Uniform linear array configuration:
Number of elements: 16
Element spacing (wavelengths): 1
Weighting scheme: hamming
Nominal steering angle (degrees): -30
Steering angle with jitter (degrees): -30.881
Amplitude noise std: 0.05
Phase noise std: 0.05

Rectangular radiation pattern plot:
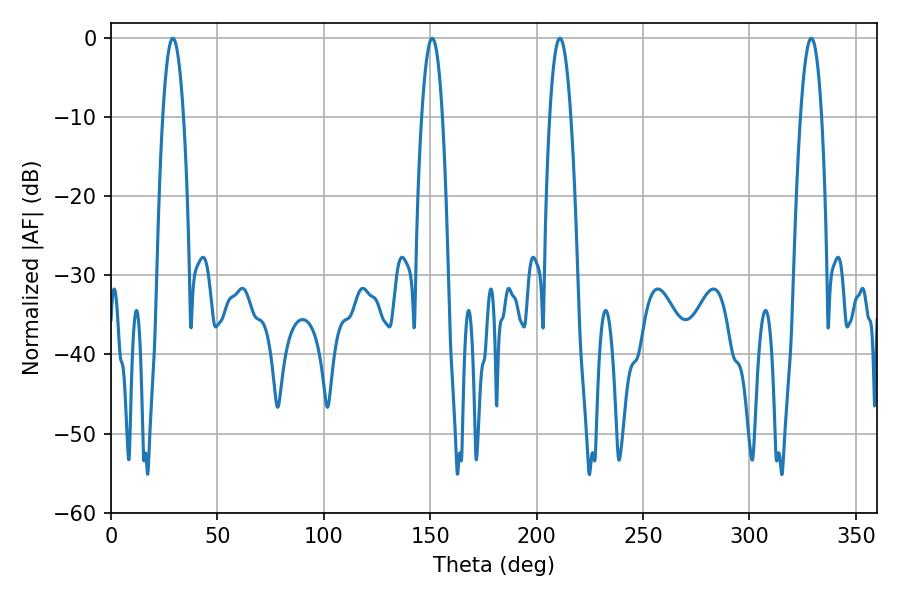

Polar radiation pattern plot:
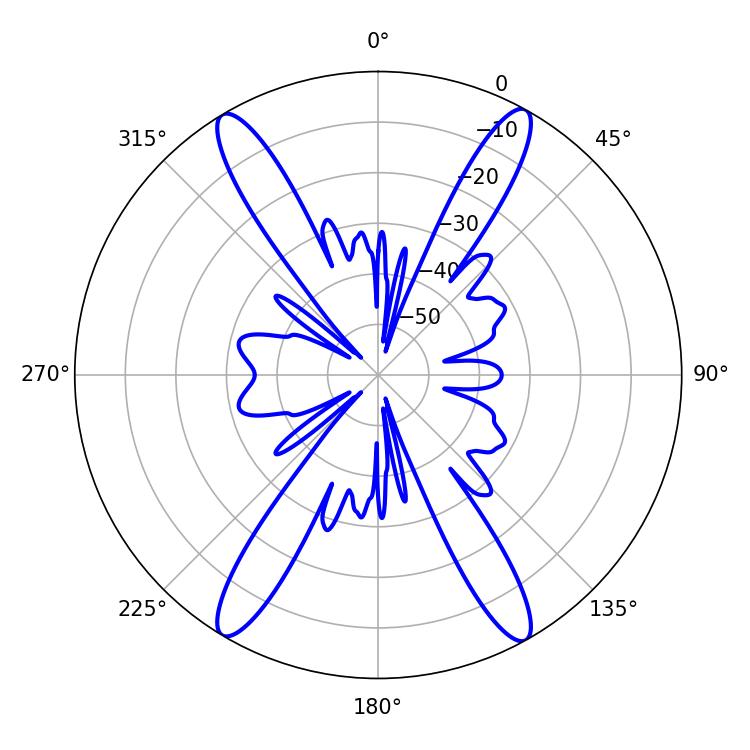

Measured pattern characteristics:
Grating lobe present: TRUE
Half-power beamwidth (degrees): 5.4
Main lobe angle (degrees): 210.96